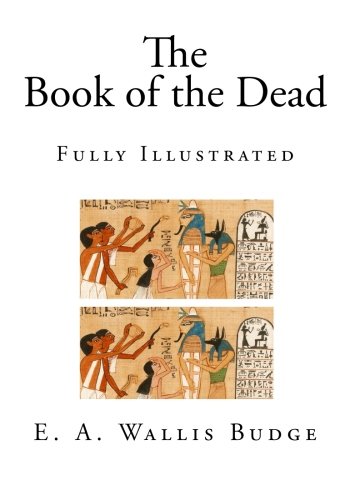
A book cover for The Book of the Dead: Fully Illustrated (The Egyptian Book of the Dead); E. A. Wallis Budge; Religion & Spirituality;